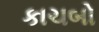
કાચબો